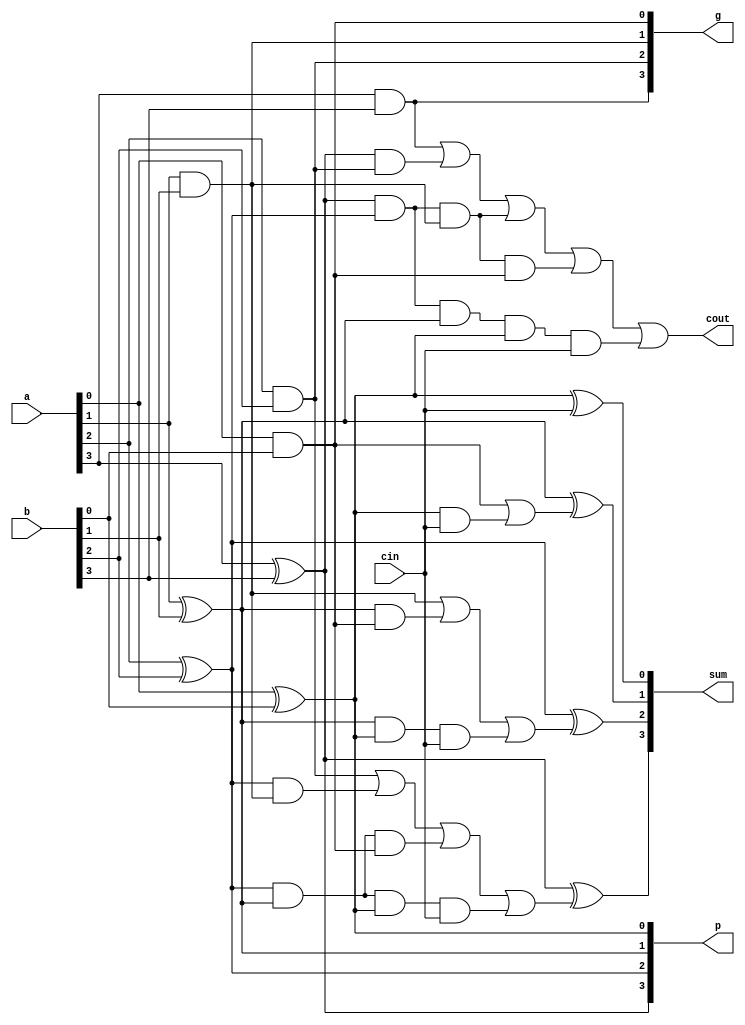
/////////////////////////////////////////////
//Carry Lookahead Adder Module
//Project : ALU
////////////////////////////////////////////


module adder(a,b,cin,sum,cout,p,g);
input [3:0] a,b;
input cin;

output [3:0] sum, p, g;
output cout;
	
wire [4:0] c;

assign p[0] = a[0] ^ b[0]; 			//propagated carry
assign p[1] = a[1] ^ b[1]; 			//propagated carry
assign p[2] = a[2] ^ b[2]; 			//propagated carry
assign p[3] = a[3] ^ b[3]; 			//propagated carry

assign g[0] = a[0] & b[0];			//generated carry
assign g[1] = a[1] & b[1];			//generated carry
assign g[2] = a[2] & b[2];			//generated carry
assign g[3] = a[3] & b[3];			//generated carry

assign c[0] = cin;

assign c[1] = g[0] | p[0] & c[0];
assign c[2] = g[1] | p[1] & g[0] | p[1] & p[0] & c[0];
assign c[3] = g[2] | p[2] & g[1] | p[2] & p[1] & g[0] | p[2] & p[1] & p[0] & c[0];
assign c[4] = g[3] | p[3] & g[2] | p[3] & p[2] & g[1] | p[3] & p[2] & g[1] & g[0] | p[3] & p[2] & p[1] & p[0] & c[0];  

assign sum[0] = p[0] ^ c[0];
assign sum[1] = p[1] ^ c[1];
assign sum[2] = p[2] ^ c[2];
assign sum[3] = p[3] ^ c[3];

assign cout = c[4];

endmodule